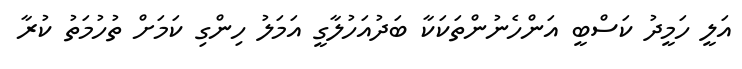
އަލީ ހަމީދު ކަސްބީ އަންހެނުންތަކަކާ ބަދުއަހުލާގީ އަމަލު ހިންގި ކަމަށް ތުހުމަތު ކުރާ